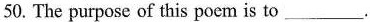
50. The purpose of this poem is to___.